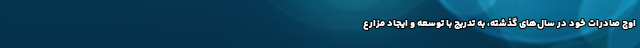
اوج صادرات خود در سال‌های گذشته، به تدریج با توسعه و ایجاد مزارع